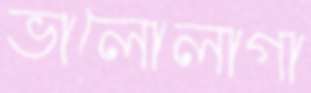
ভালোলাগা